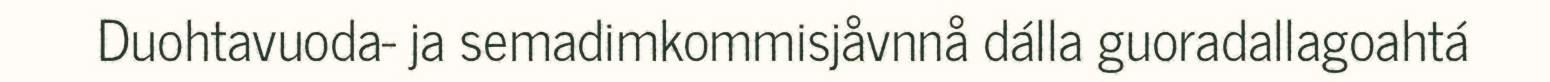
Duohtavuoda- ja semadimkommisjåvnnå dálla guoradallagoahtá